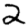
Digit: 2